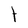
Character: t